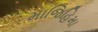
માજિહિમા